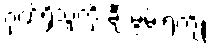
ဂုဏ်ရှိသူကို ချီးမွမ်းရကျိုး